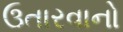
ઉતારવાનો